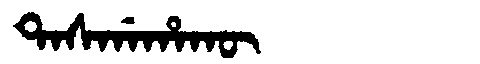
Manchu: ᡨᠠᠰᡤᠠᡥᠠᡴᡡ
Romanization: TASGAHAKŪ